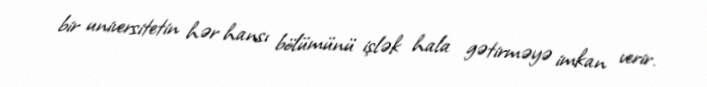
bir universitetin hər hansı bölümünü işlək hala gətirməyə imkan verir.